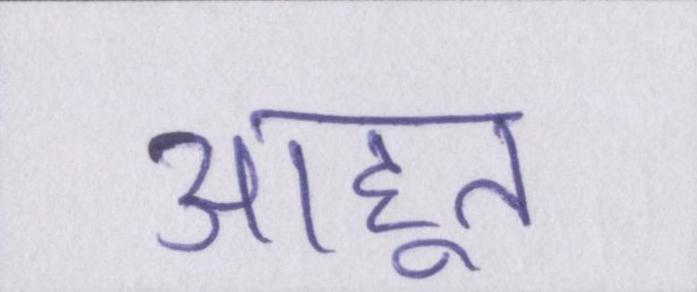
आहूत